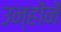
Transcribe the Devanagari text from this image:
उन्हाेंनें